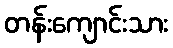
တန်းကျောင်းသား